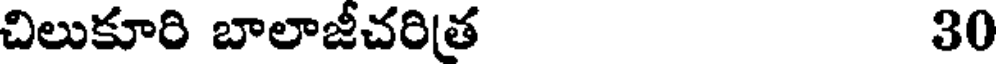
చిలుకూరి బాలాజీచరిత 30